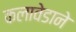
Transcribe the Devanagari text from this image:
कलावेडाने